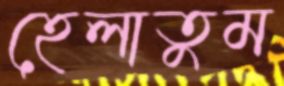
হেলাতুম